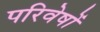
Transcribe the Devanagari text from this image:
परिवेषों